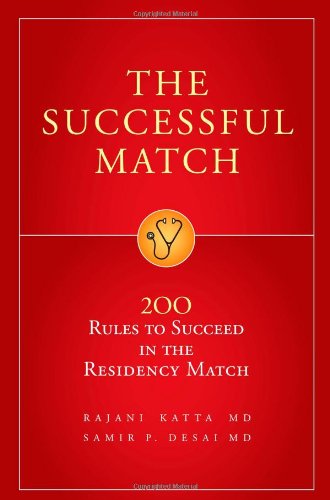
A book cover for The Successful Match: 200 Rules to Succeed in the Residency Match; Rajani Katta; Test Preparation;